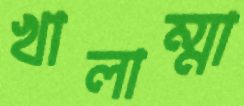
খালাম্মা